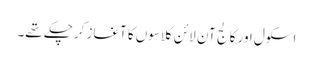
اسکول اور کالج آن لائن کلاسوں کا آغاز کرچکے تھے۔